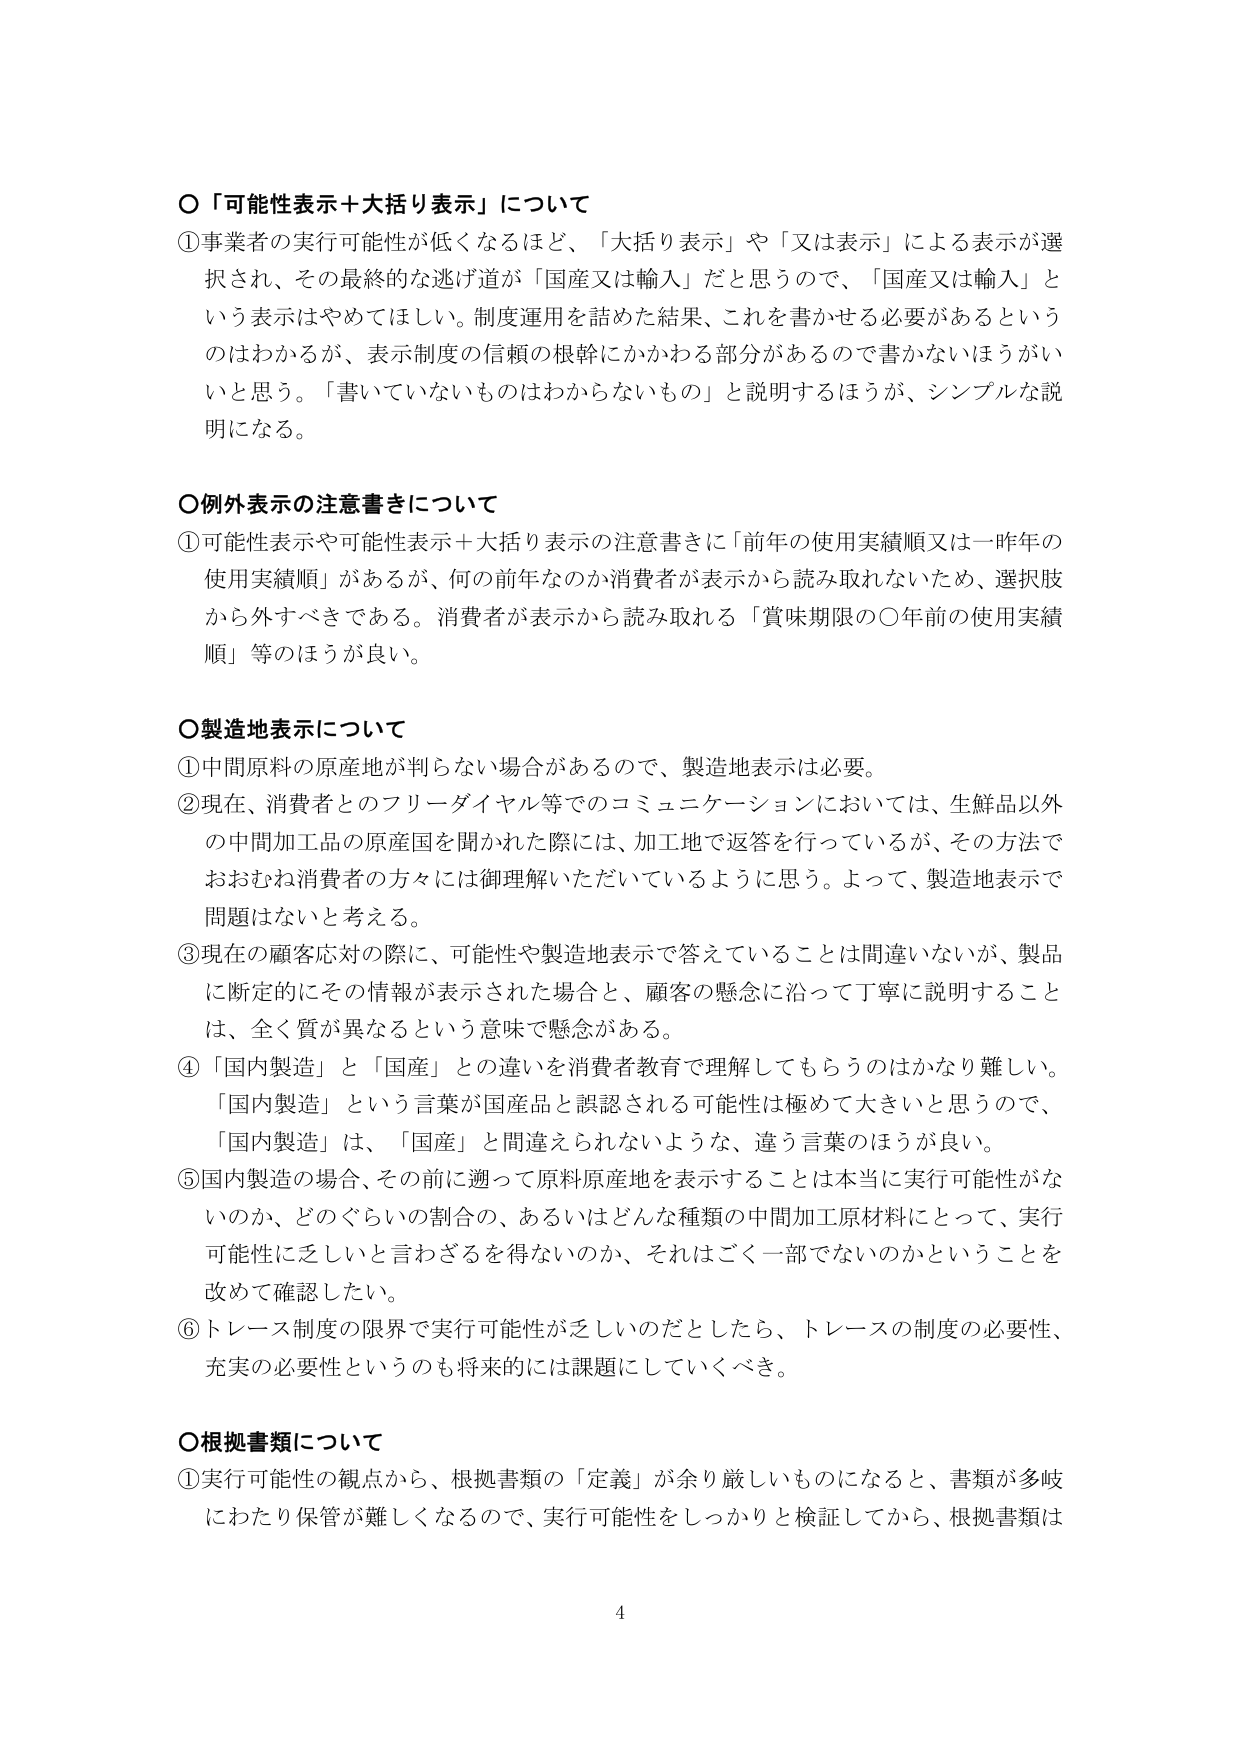
〇「可能性表示＋大括り表示」について
①事業者の実行可能性が低くなるほど、「大括り表示」や「又は表示」による表示が選択され、その最終的な逃げ道が「国産又は輸入」だと思うので、「国産又は輸入」という表示はやめてほしい。制度運用を詰めた結果、これを書かせる必要があるというのはわかるが、表示制度の信頼の根幹にかかわる部分があるので書かないほうがいいと思う。「書いていないものはわからないもの」と説明するほうが、シンプルな説明になる。

〇例外表示の注意書きについて
①可能性表示や可能性表示＋大括り表示の注意書きに「前年の使用実績順又は一昨年の使用実績順」があるが、何の前年なのか消費者が表示から読み取れないため、選択肢から外すべきである。消費者が表示から読み取れる「賞味期限の○年前の使用実績順」等のほうが良い。

〇製造地表示について
①中間原料の原産地が判らない場合があるので、製造地表示は必要。
②現在、消費者とのフリーダイヤル等でのコミュニケーションにおいては、生鮮品以外の中間加工品の原産国を聞かれた際には、加工地で返答を行っているが、その方法でおおむね消費者の方々には御理解いただいているように思う。よって、製造地表示で問題はないと考える。
③現在の顧客応対の際に、可能性や製造地表示で答えていることは間違いないが、製品に断定的にその情報が表示された場合と、顧客の懸念に沿って丁寧に説明することは、全く質が異なるという意味で懸念がある。
④「国内製造」と「国産」との違いを消費者教育で理解してもらうのはかなり難しい。「国内製造」という言葉が国産品と誤認される可能性は極めて大きいと思うので、「国内製造」は、「国産」と間違えられないような、違う言葉のほうが良い。
⑤国内製造の場合、その前に遡って原料原産地を表示することは本当に実行可能性がないのか、どのぐらいの割合の、あるいはどんな種類の中間加工原材料にとって、実行可能性に乏しいと言わざるを得ないのか、それはごく一部でないのかということを改めて確認したい。
⑥トレース制度の限界で実行可能性が乏しいのだとしたら、トレースの制度の必要性、充実の必要性というのも将来的には課題にしていくべき。

〇根拠書類について
①実行可能性の観点から、根拠書類の「定義」が余り厳しいものになると、書類が多岐にわたり保管が難しくなるので、実行可能性をしっかりと検証してから、根拠書類は

4